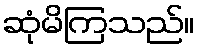
ဆုံမိကြသည်။